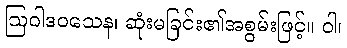
ဩဝါဒဝသေန၊ ဆုံးမခြင်း၏အစွမ်းဖြင့်။ ဝါ၊